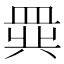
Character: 𬐧